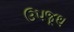
ઉપજૂથ